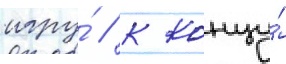
игру́ / к концу́